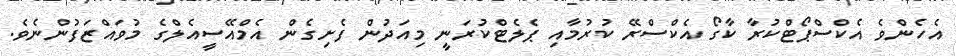
އެހެންވެ އެކްސްޕޯޓްކުރާ ކާގޯ އެކްސްރޭ ކުރުމާއި ޕެލެޓްކުރަނީ މިއަދުން ފެށިގެން އެމްއޭސީއެލްގެ މުވައްޒަފުންނެވެ.